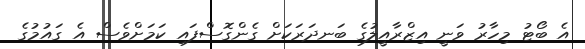
އެ ބޯޓު މިހާރު ވަނީ އިޒްރާއީލުގެ ބަނދަރަކަށް ގެންގޮސްފައި ކަމަށްވެސް އެ ގައުމުގެ